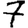
Digit: 7